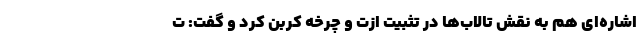
اشاره‌ای هم به نقش تالاب‌ها در تثبیت ازت و چرخه کربن کرد و گفت: ت